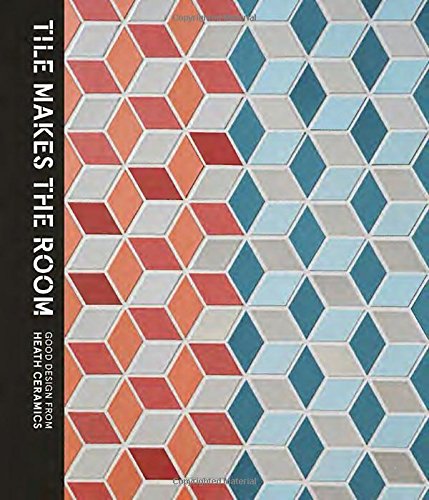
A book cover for Tile Makes the Room: Good Design from Heath Ceramics; Robin Petravic; Crafts, Hobbies & Home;